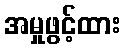
အမှုဖွင့်ထား